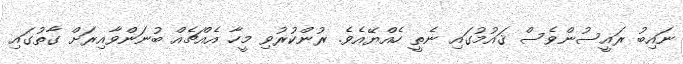
ނައިބު ރައީސުންވެސް ޤައުމުގައި ނެތީ ހެއްޔޭއެވެ. ރުންކުރުވި މީހާ އެއްޗެއް ބުނަންވާއިރަށް ގާތުގައި